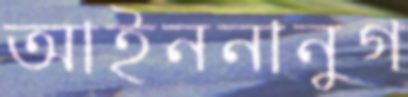
আইননানুগ